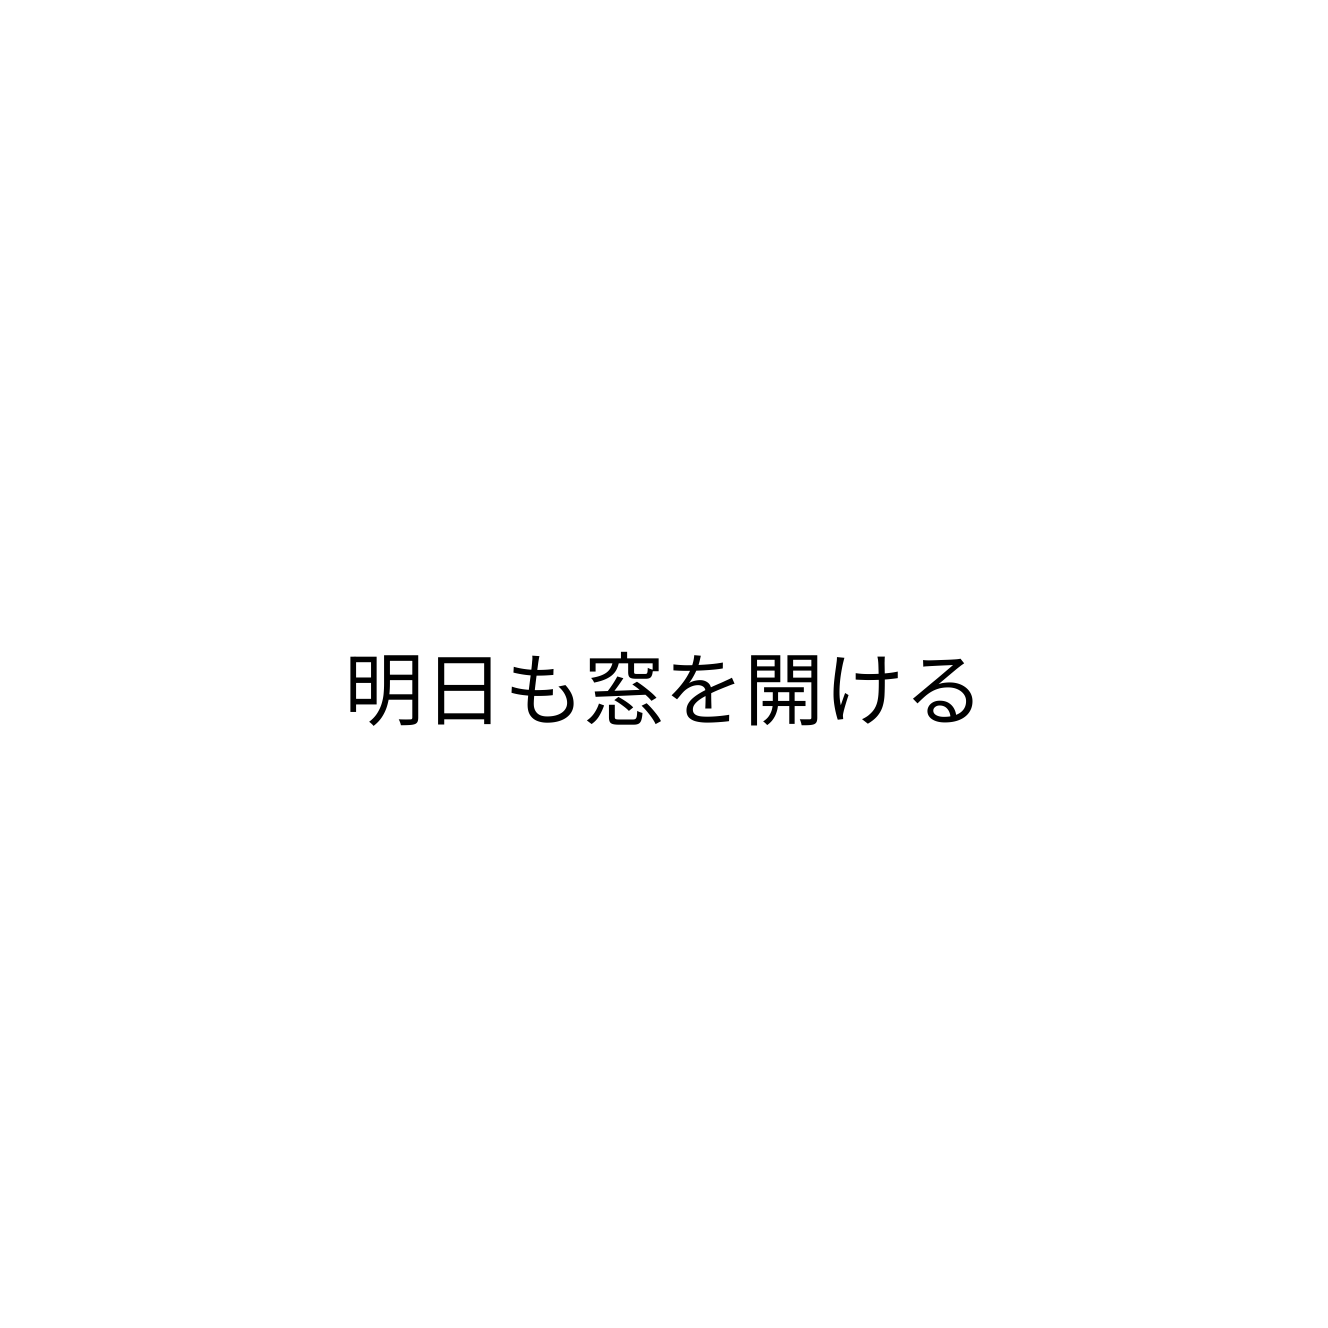
明日も窓を開ける